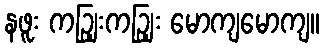
နဖူး ကဉျြးကဉျြး မောကျမောကျ။